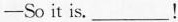
—Soit is. ___ !